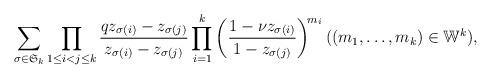
LaTeX: \begin{align*}\sum_{\sigma \in \mathfrak{S}_{k}}\prod_{1\le i<j \le k}\frac{qz_{\sigma(i)}-z_{\sigma(j)}}{z_{\sigma(i)}-z_{\sigma(j)}}\prod_{i=1}^{k}\left(\frac{1-\nu z_{\sigma(i)}}{1-z_{\sigma(j)}}\right)^{\!m_{i}} ((m_{1}, \ldots , m_{k}) \in \mathbb{W}^{k}), \end{align*}